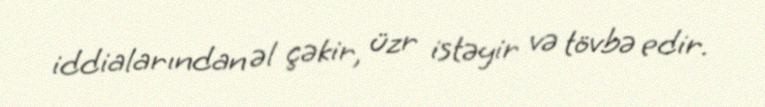
iddialarından əl çəkir, üzr istəyir və tövbə edir.